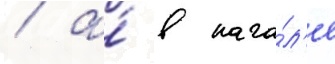
/ а́ в нача́л'е